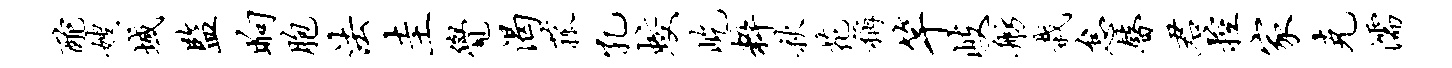
酡嫂域监晌胞法圭觉渴菰孔蛟屹粹秋花称竿岐舫栽怠瞽君控家克濡